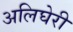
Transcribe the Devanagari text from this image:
अलिघेरी